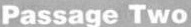
Passage Two